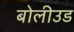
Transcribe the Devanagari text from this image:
बोलीउड